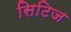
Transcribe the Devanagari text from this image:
सिटिज